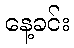
နေ့ခင်း